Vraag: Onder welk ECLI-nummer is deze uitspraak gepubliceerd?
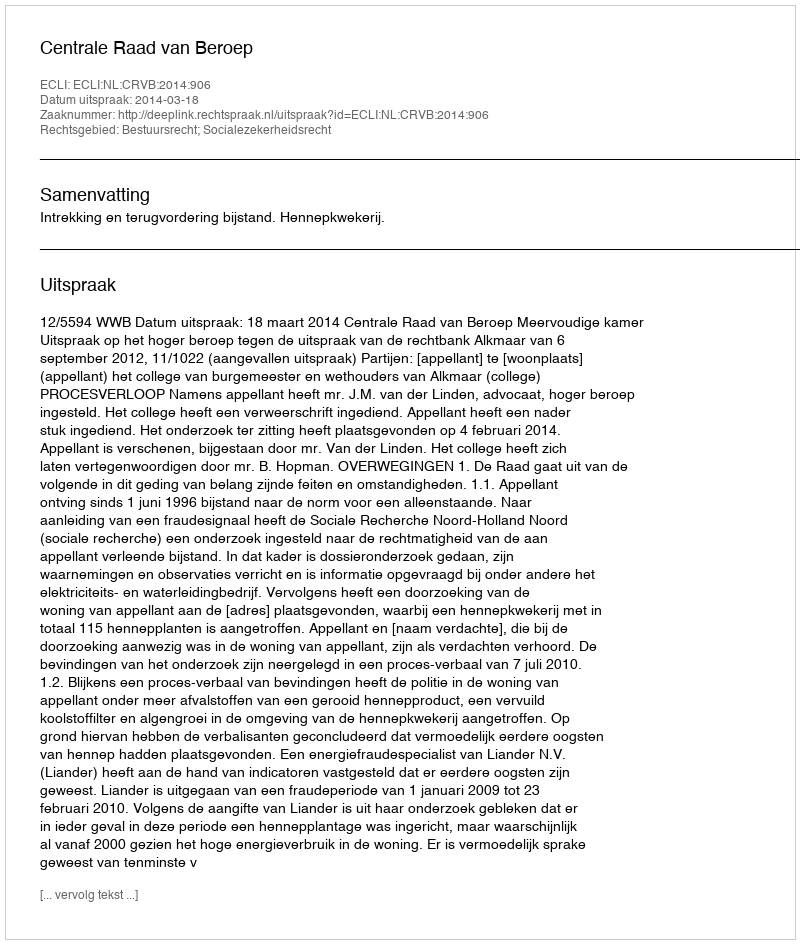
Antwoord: ECLI:NL:CRVB:2014:906